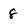
Character: 8